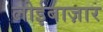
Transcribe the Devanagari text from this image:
लोईबाज़ार